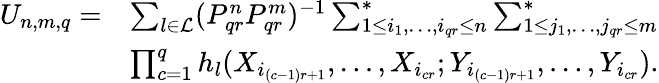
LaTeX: \begin{array}{rl}{U_{n,m,q}=}&{\sum_{l\in\mathcal{L}}(P_{qr}^{n}P_{qr}^{m})^{-1}\sum_{1\le i_{1},\ldots,i_{qr}\le n}^{*}\sum_{1\le j_{1},\ldots,j_{qr}\le m}^{*}}\\ &{\prod_{c=1}^{q}h_{l}(X_{i_{(c-1)r+1}},\ldots,X_{i_{cr}};Y_{i_{(c-1)r+1}},\ldots,Y_{i_{cr}}).}\end{array}